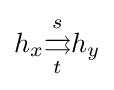
h_{x}{\overset {s}{\underset {t}{\rightrightarrows }}}h_{y}